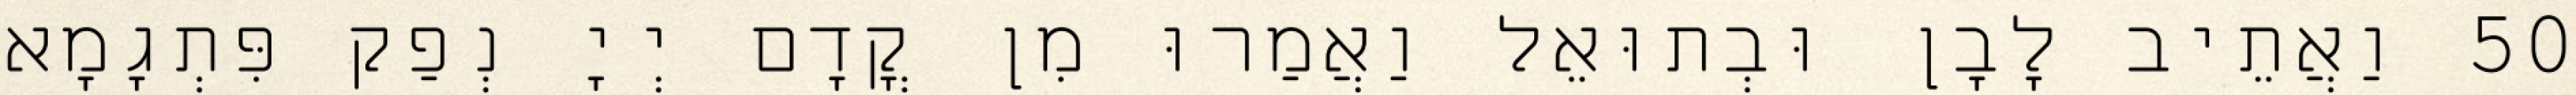
50 וַאֲתֵיב לָבָן וּבְתוּאֵל וַאֲמַרוּ מִן קֳדָם יְיָ נְפַק פִּתְגָמָא